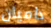
داميان